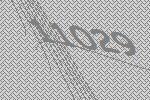
11029